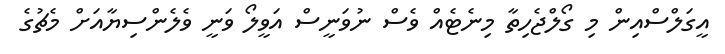
އީގަލްސްއިން މި ގޯލްޖެހިތާ މިނެޓެއް ވެސް ނުވަނީސް އަވީލޯ ވަނީ ވެލެންސިޔާއަށް މެޗުގެ